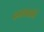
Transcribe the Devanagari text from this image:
वजाबकी